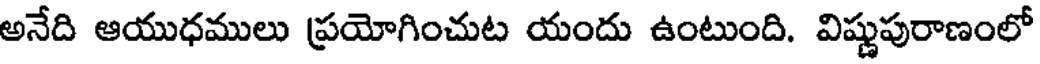
అనేది ఆయుధములు ప్రయోగించుట యందు ఉంటుంది. విష్ణుపురాణంలో